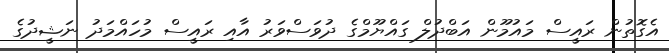
އެގޮތުން ރައީސް މައުމޫން އަބްދުލް ގައްޔޫމްގެ ދުވަސްވަރު އާއި ރައީސް މުހައްމަދު ނަޝީދުގެ